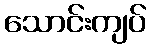
သောင်းကျပ်